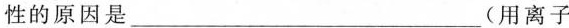
色，D是一种白色沉淀，E是一种不溶性碱。B溶液呈酸性的原因是_______________(用离子